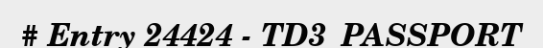
# Entry 24424 - TD3_PASSPORT